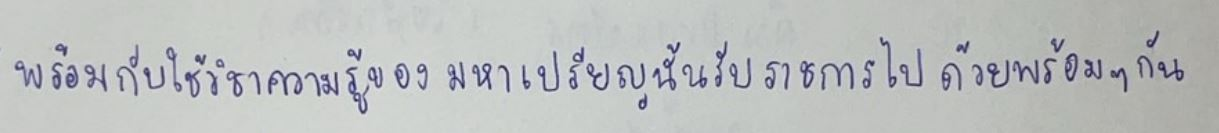
พร้อมกับใช้วิชาความรู้ของมหาเปรียญนั้นรับราชการไปด้วยพร้อมๆกัน